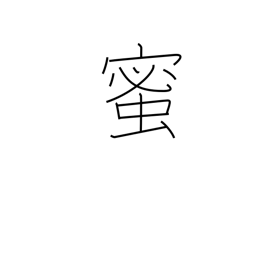
Meaning: honey